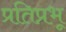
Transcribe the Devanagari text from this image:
प्रतिप्रभू